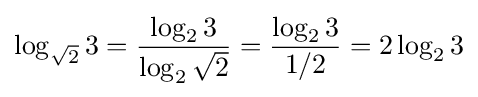
\log _{\sqrt {2}}3={\frac {\log _{2}3}{\log _{2}{\sqrt {2}}}}={\frac {\log _{2}3}{1/2}}=2\log _{2}3